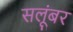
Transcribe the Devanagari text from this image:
सलूंबर